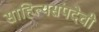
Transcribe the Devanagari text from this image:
साहित्यसंपदेची